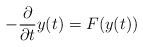
\begin{align*} - \frac{\partial}{\partial t} y (t) = F (y(t)) \end{align*}